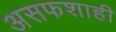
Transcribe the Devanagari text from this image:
असफशाही